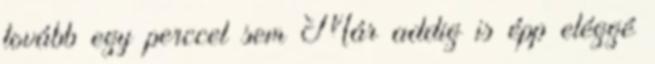
tovább egy perccel sem Már addig is épp eléggé